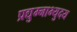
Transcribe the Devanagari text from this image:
प्रद्युम्नाभ्युदय